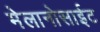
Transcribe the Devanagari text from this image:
मेलानोसाईट